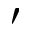
^ { \prime }